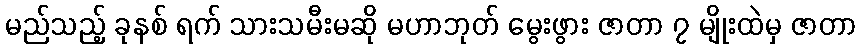
မည်သည့် ခုနစ် ရက် သားသမီးမဆို မဟာဘုတ် မွေးဖွား ဇာတာ ၇ မျိုးထဲမှ ဇာတာ